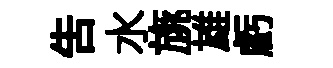
告水旐雄虧